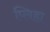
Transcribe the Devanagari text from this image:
प्लिहा